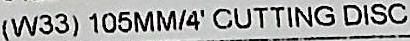
(W33) 105MM/4' CUTTING DISC